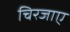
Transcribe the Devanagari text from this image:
चिरजाए